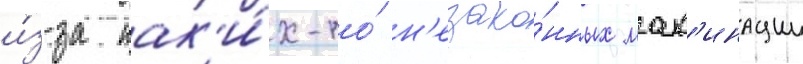
и́з-за как'и́х-то́ н'езако́нных мах'инации